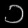
Digit: ၁